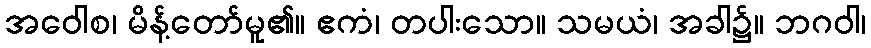
အဝေါစ၊ မိန့်တော်မူ၏။ ဧကံ၊ တပါးသော။ သမယံ၊ အခါ၌။ ဘဂဝါ၊